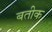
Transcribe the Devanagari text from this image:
बतीक